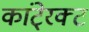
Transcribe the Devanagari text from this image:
कांटे्रक्ट